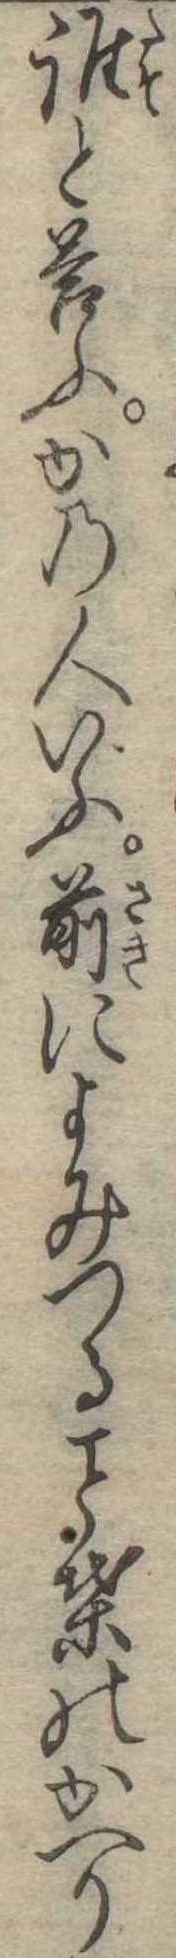
誰と答ふかの人いふ前によみつる葉のかへり